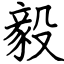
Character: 毅